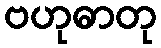
ဗဟုဓာတု